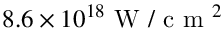
8 . 6 \times 1 0 ^ { 1 8 } \mathrm { ~ W ~ / ~ c ~ m ~ } ^ { 2 }